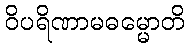
ဝိပရိဏာမဓမ္မောတိ